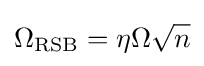
\Omega _{\rm {RSB}}=\eta \Omega {\sqrt {n}}